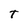
Character: t